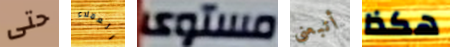
حتى العملاء مستوى أتبعني هكذا